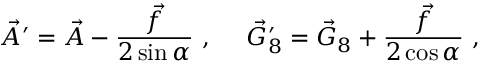
\vec { A } ^ { \prime } = \vec { A } - \frac { \vec { f } } { 2 \sin \alpha } ~ , ~ ~ ~ ~ \vec { G } _ { 8 } ^ { \prime } = \vec { G } _ { 8 } + \frac { \vec { f } } { 2 \cos \alpha } ~ ,